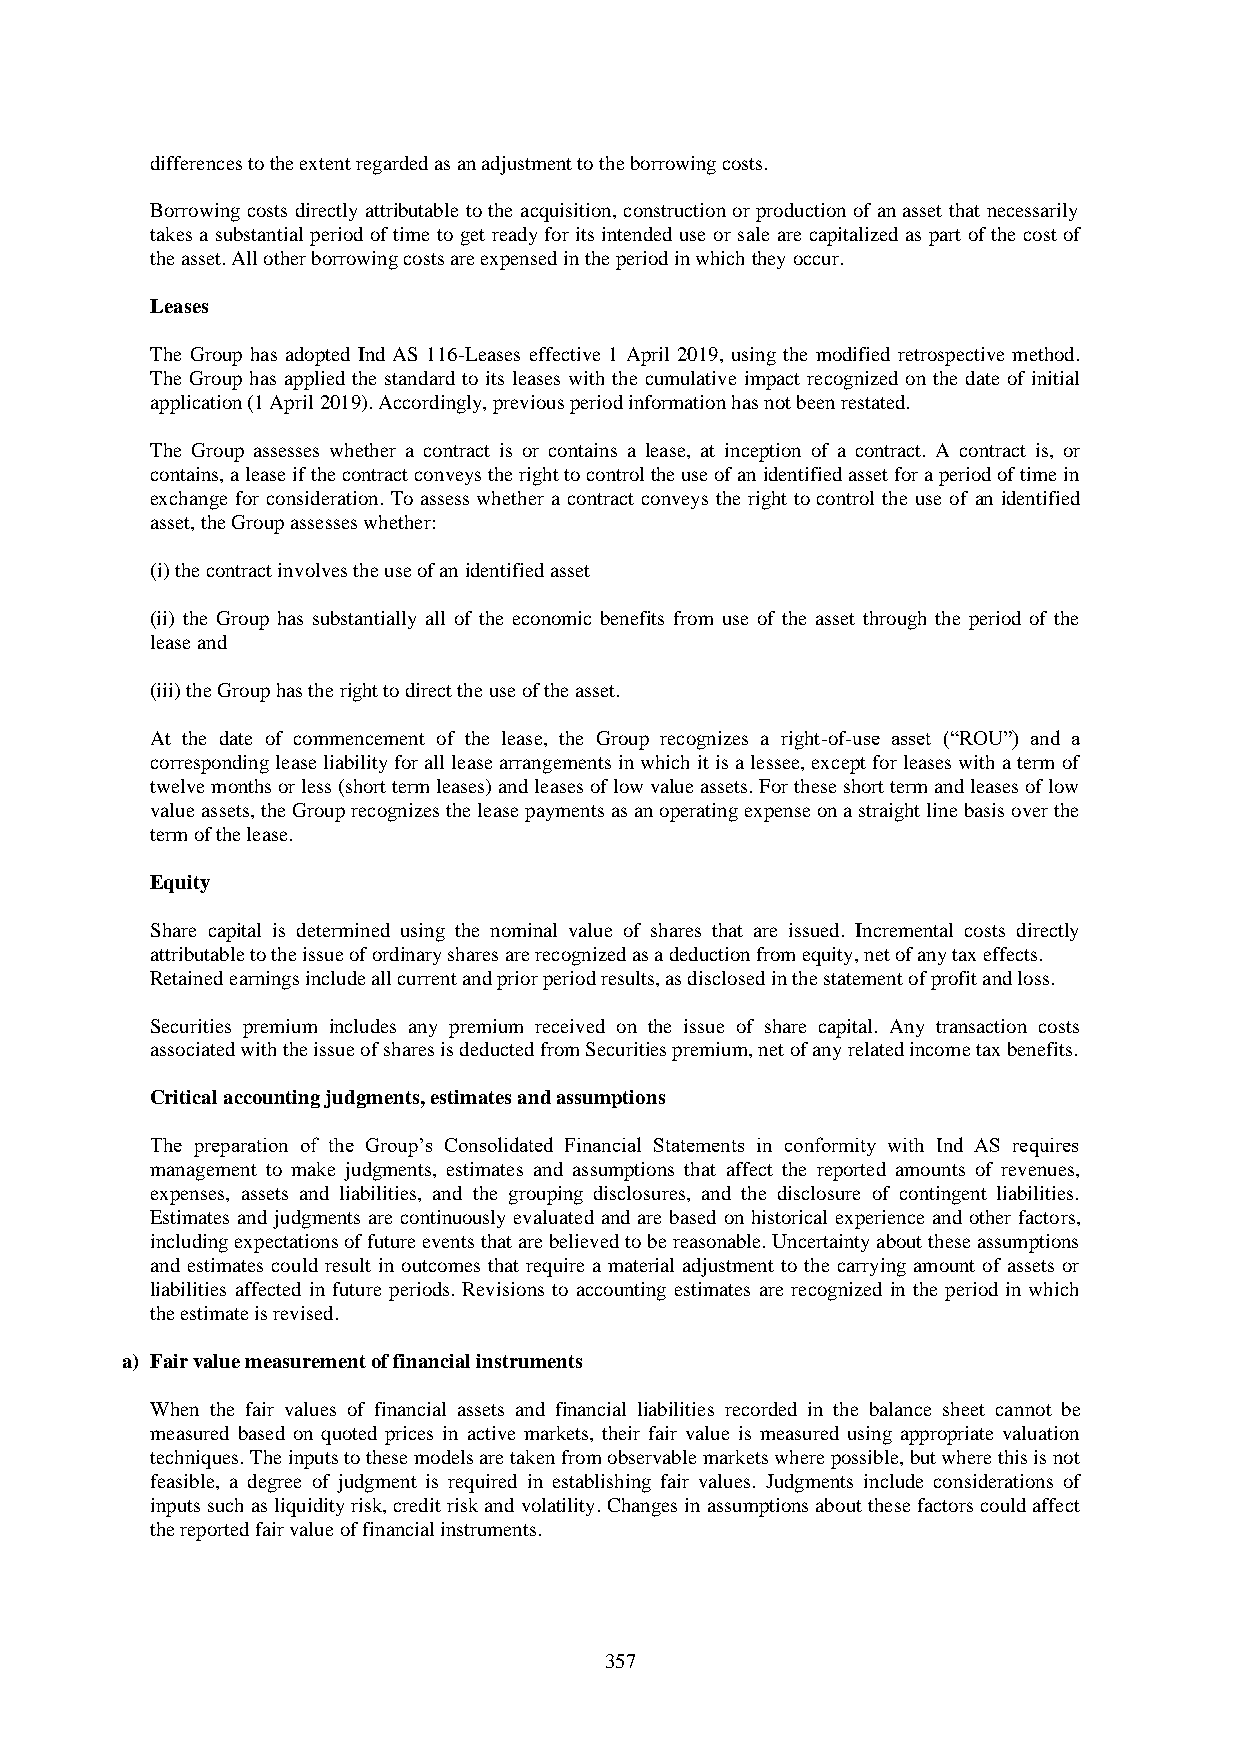
differences to the extent regarded as an adjustment to the borrowing costs.
 Borrowing costs directly attributable to the acquisition, construction or production of an asset that necessarily
 takes a substantial period of time to get ready for its intended use or sale are capitalized as part of the cost of
 the asset. All other borrowing costs are expensed in the period in which they occur.
 Leases
 The Group has adopted Ind AS 116-Leases effective 1 April 2019, using the modified retrospective method.
 The Group has applied the standard to its leases with the cumulative impact recognized on the date of initial
 application (1 April 2019). Accordingly, previous period information has not been restated.
 The Group assesses whether a contract is or contains a lease, at inception of a contract. A contract is, or
 contains, a lease if the contract conveys the right to control the use of an identified asset for a period of time in
 exchange for consideration. To assess whether a contract conveys the right to control the use of an identified
 asset, the Group assesses whether:
 (i) the contract involves the use of an identified asset
 (ii) the Group has substantially all of the economic benefits from use of the asset through the period of the
 lease and
 (iii) the Group has the right to direct the use of the asset.
 At the date of commencement of the lease, the Group recognizes a right-of-use asset (“ROU”) and a
 corresponding lease liability for all lease arrangements in which it is a lessee, except for leases with a term of
 twelve months or less (short term leases) and leases of low value assets. For these short term and leases of low
 value assets, the Group recognizes the lease payments as an operating expense on a straight line basis over the
 term of the lease.
 Equity
 Share capital is determined using the nominal value of shares that are issued. Incremental costs directly
 attributable to the issue of ordinary shares are recognized as a deduction from equity, net of any tax effects.
 Retained earnings include all current and prior period results, as disclosed in the statement of profit and loss.
 Securities premium includes any premium received on the issue of share capital. Any transaction costs
 associated with the issue of shares is deducted from Securities premium, net of any related income tax benefits.
 Critical accounting judgments, estimates and assumptions
 The preparation of the Group’s Consolidated Financial Statements in conformity with Ind AS requires
 management to make judgments, estimates and assumptions that affect the reported amounts of revenues,
 expenses, assets and liabilities, and the grouping disclosures, and the disclosure of contingent liabilities.
 Estimates and judgments are continuously evaluated and are based on historical experience and other factors,
 including expectations of future events that are believed to be reasonable. Uncertainty about these assumptions
 and estimates could result in outcomes that require a material adjustment to the carrying amount of assets or
 liabilities affected in future periods. Revisions to accounting estimates are recognized in the period in which
 the estimate is revised.
 a) Fair value measurement of financial instruments
 When the fair values of financial assets and financial liabilities recorded in the balance sheet cannot be
 measured based on quoted prices in active markets, their fair value is measured using appropriate valuation
 techniques. The inputs to these models are taken from observable markets where possible, but where this is not
 feasible, a degree of judgment is required in establishing fair values. Judgments include considerations of
 inputs such as liquidity risk, credit risk and volatility. Changes in assumptions about these factors could affect
 the reported fair value of financial instruments.
 357